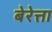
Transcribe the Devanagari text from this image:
बेरेत्ता